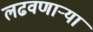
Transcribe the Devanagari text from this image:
लढवणाऱ्या